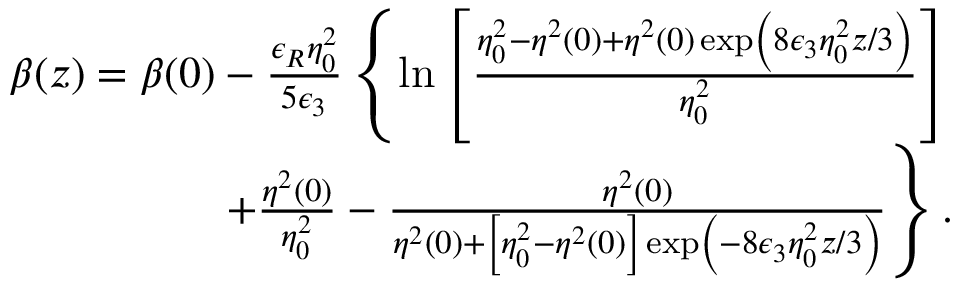
\begin{array} { r } { \beta ( z ) = \beta ( 0 ) - \frac { \epsilon _ { R } \eta _ { 0 } ^ { 2 } } { 5 \epsilon _ { 3 } } \left\{ \ln \left[ \frac { \eta _ { 0 } ^ { 2 } - \eta ^ { 2 } ( 0 ) + \eta ^ { 2 } ( 0 ) \exp \left( 8 \epsilon _ { 3 } \eta _ { 0 } ^ { 2 } z / 3 \right) } { \eta _ { 0 } ^ { 2 } } \right] \right. } \\ { \left. + \frac { \eta ^ { 2 } ( 0 ) } { \eta _ { 0 } ^ { 2 } } - \frac { \eta ^ { 2 } ( 0 ) } { \eta ^ { 2 } ( 0 ) + \left[ \eta _ { 0 } ^ { 2 } - \eta ^ { 2 } ( 0 ) \right] \exp \left( - 8 \epsilon _ { 3 } \eta _ { 0 } ^ { 2 } z / 3 \right) } \right\} . } \end{array}